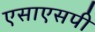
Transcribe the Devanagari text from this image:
एसाएसपी